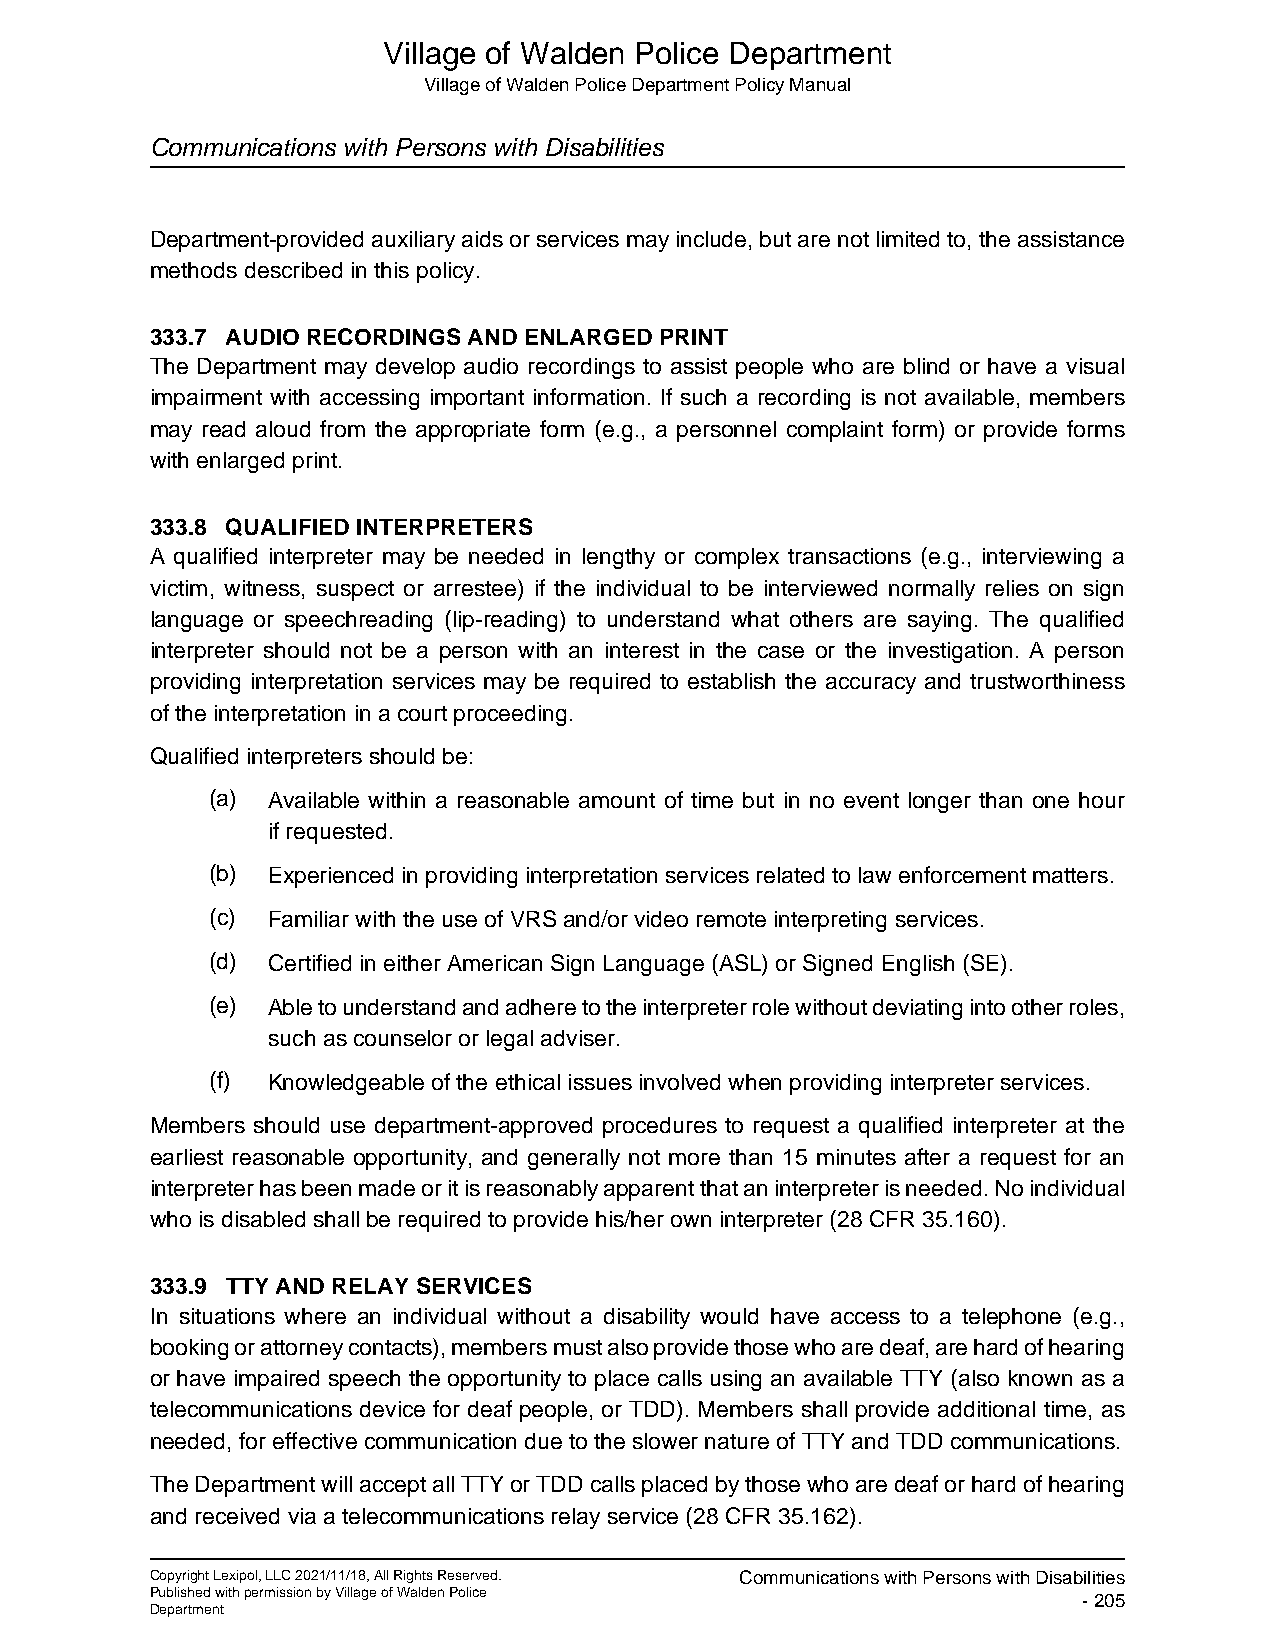
Village of Walden Police Department
 Village of Walden Police Department Policy Manual
 Communications with Persons with Disabilities
 Department-provided auxiliary aids or services may include, but are not limited to, the assistance
 methods described in this policy.
 333.7 AUDIO RECORDINGS AND ENLARGED PRINT
 The Department may develop audio recordings to assist people who are blind or have a visual
 impairment with accessing important information. If such a recording is not available, members
 may read aloud from the appropriate form (e.g., a personnel complaint form) or provide forms
 with enlarged print.
 333.8 QUALIFIED INTERPRETERS
 A qualified interpreter may be needed in lengthy or complex transactions (e.g., interviewing a
 victim, witness, suspect or arrestee) if the individual to be interviewed normally relies on sign
 language or speechreading (lip-reading) to understand what others are saying. The qualified
 interpreter should not be a person with an interest in the case or the investigation. A person
 providing interpretation services may be required to establish the accuracy and trustworthiness
 of the interpretation in a court proceeding.
 Qualified interpreters should be:
 (a) Available within a reasonable amount of time but in no event longer than one hour
 if requested.
 (b) Experienced in providing interpretation services related to law enforcement matters.
 (c) Familiar with the use of VRS and/or video remote interpreting services.
 (d) Certified in either American Sign Language (ASL) or Signed English (SE).
 (e) Able to understand and adhere to the interpreter role without deviating into other roles,
 such as counselor or legal adviser.
 (f) Knowledgeable of the ethical issues involved when providing interpreter services.
 Members should use department-approved procedures to request a qualified interpreter at the
 earliest reasonable opportunity, and generally not more than 15 minutes after a request for an
 interpreter has been made or it is reasonably apparent that an interpreter is needed. No individual
 who is disabled shall be required to provide his/her own interpreter (28 CFR 35.160).
 333.9 TTY AND RELAY SERVICES
 In situations where an individual without a disability would have access to a telephone (e.g.,
 booking or attorney contacts), members must also provide those who are deaf, are hard of hearing
 or have impaired speech the opportunity to place calls using an available TTY (also known as a
 telecommunications device for deaf people, or TDD). Members shall provide additional time, as
 needed, for effective communication due to the slower nature of TTY and TDD communications.
 The Department will accept all TTY or TDD calls placed by those who are deaf or hard of hearing
 and received via a telecommunications relay service (28 CFR 35.162).
 Copyright Lexipol, LLC 2021/11/18, All Rights Reserved. Communications with Persons with Disabilities
 Published with permission by Village of Walden Police         - 205
 Department